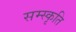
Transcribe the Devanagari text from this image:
सम्स्कृति